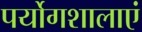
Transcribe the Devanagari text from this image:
पर्योगशालाएं